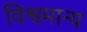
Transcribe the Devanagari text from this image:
विश्वमान्य